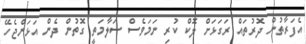
އެފަރާތުން ދޮރުތައް ރަގަޅަށް ލޮކް ކުރި ނަމަވެސް ސަލާމަތީ ގޮތުން ދެން އަޅަންޖެހޭ